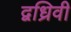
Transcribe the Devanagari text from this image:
द्वध्रिवी